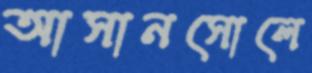
আসানসোলে